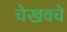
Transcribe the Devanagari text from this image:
चेखवचे